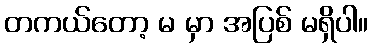
တကယ်တော့ မ မှာ အပြစ် မရှိပါ။